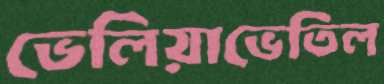
ভেলিয়াভেতিল